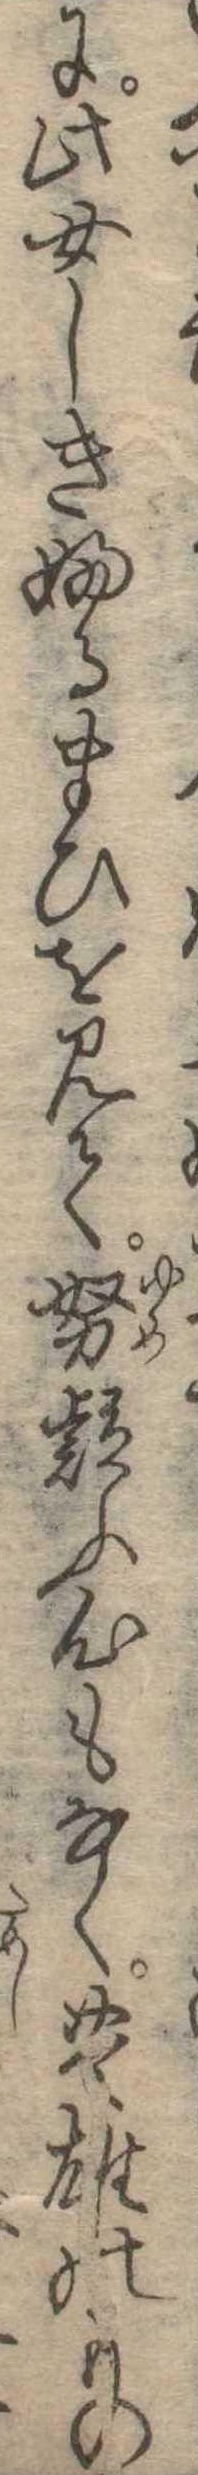
に此女しきふるまひを見て努疑ふ心もなく豊雄のもの